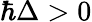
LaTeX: \hbar\Delta>0